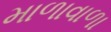
માળાવાળા